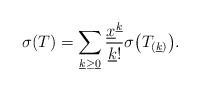
LaTeX: \begin{align*}\sigma(T) = \sum\limits_{\underline{k} \ge \underline{0}} \dfrac{\underline{x}^{\underline{k}}}{\underline{k}!} \sigma\bigl(T_{(\underline{k})}\bigr).\end{align*}